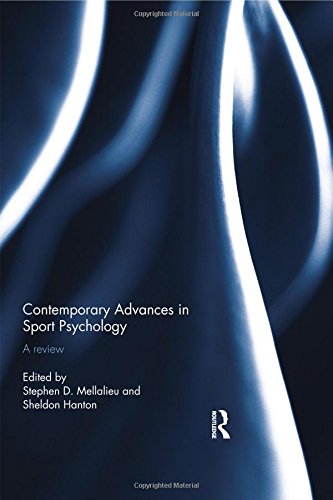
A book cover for Contemporary Advances in Sport Psychology: A Review; Sports & Outdoors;